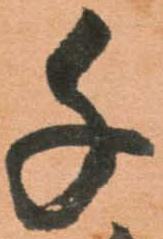
千